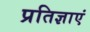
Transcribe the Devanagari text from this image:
प्रतिज्ञाएं